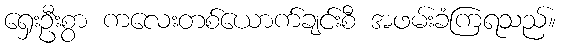
ရှေးဦးစွာ ကလေးတစ်ယောက်ချင်းစီ အဖမ်းခံကြရသည်။